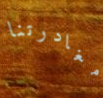
مغادرتنا